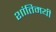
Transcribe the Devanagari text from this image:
शांतिमयी